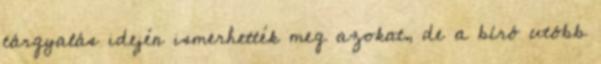
tárgyalás idején ismerhették meg azokat, de a bíró utóbb